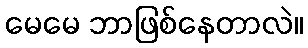
မေမေ ဘာဖြစ်နေတာလဲ။